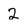
Character: 2